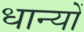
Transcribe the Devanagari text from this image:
धान्यों